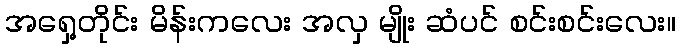
အရှေ့တိုင်း မိန်းကလေး အလှ မျိုး ဆံပင် စင်းစင်းလေး။